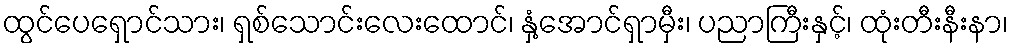
ထွင်ပေရှောင်သား၊ ရှစ်သောင်းလေးထောင်၊ နှံ့အောင်ရှာမှီး၊ ပညာကြီးနှင့်၊ ထုံးတီးနီးနာ၊